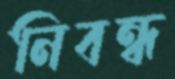
নিবন্ধ